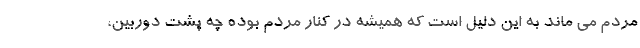
مردم می ماند به این دلیل است که همیشه در کنار مردم بوده چه پشت دوربین،